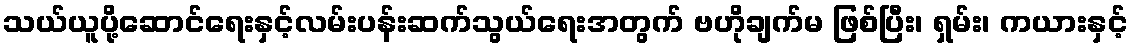
သယ်ယူပို့ဆောင်ရေးနှင့်လမ်းပန်းဆက်သွယ်ရေးအတွက် ဗဟိုချက်မ ဖြစ်ပြီး၊ ရှမ်း၊ ကယားနှင့်